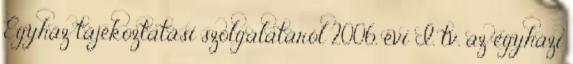
Egyház tájékoztatási szolgálatáról 2006. évi I. tv. az egyházi